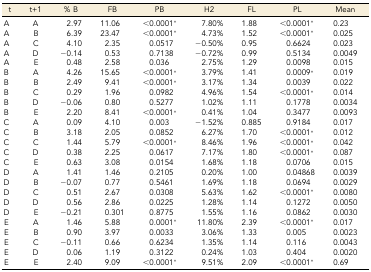
<table><thead><tr><td><b>t</b></td><td><b>t+1</b></td><td><b>% B</b></td><td><b>FB</b></td><td><b>PB</b></td><td><b>H2</b></td><td><b>FL</b></td><td><b>PL</b></td><td><b>Mean</b></td></tr></thead><tbody><tr><td>A</td><td>A</td><td>2.97</td><td>11.06</td><td>&lt;0.0001*</td><td>7.80%</td><td>1.88</td><td>&lt;0.0001*</td><td>0.23</td></tr><tr><td>A</td><td>B</td><td>6.39</td><td>23.47</td><td>&lt;0.0001*</td><td>4.73%</td><td>1.52</td><td>&lt;0.0001*</td><td>0.025</td></tr><tr><td>A</td><td>C</td><td>4.10</td><td>2.35</td><td>0.0517</td><td>−0.50%</td><td>0.95</td><td>0.6624</td><td>0.023</td></tr><tr><td>A</td><td>D</td><td>−0.14</td><td>0.53</td><td>0.7138</td><td>−0.72%</td><td>0.99</td><td>0.5134</td><td>0.0049</td></tr><tr><td>A</td><td>E</td><td>0.48</td><td>2.58</td><td>0.036</td><td>2.75%</td><td>1.29</td><td>0.0098</td><td>0.015</td></tr><tr><td>B</td><td>A</td><td>4.26</td><td>15.65</td><td>&lt;0.0001*</td><td>3.79%</td><td>1.41</td><td>0.0009*</td><td>0.019</td></tr><tr><td>B</td><td>B</td><td>2.49</td><td>9.41</td><td>&lt;0.0001*</td><td>3.17%</td><td>1.34</td><td>0.0039</td><td>0.022</td></tr><tr><td>B</td><td>C</td><td>0.29</td><td>1.96</td><td>0.0982</td><td>4.96%</td><td>1.54</td><td>&lt;0.0001*</td><td>0.014</td></tr><tr><td>B</td><td>D</td><td>−0.06</td><td>0.80</td><td>0.5277</td><td>1.02%</td><td>1.11</td><td>0.1778</td><td>0.0034</td></tr><tr><td>B</td><td>E</td><td>2.20</td><td>8.41</td><td>&lt;0.0001*</td><td>0.41%</td><td>1.04</td><td>0.3477</td><td>0.0093</td></tr><tr><td>C</td><td>A</td><td>0.09</td><td>4.10</td><td>0.003</td><td>−1.52%</td><td>0.885</td><td>0.9184</td><td>0.017</td></tr><tr><td>C</td><td>B</td><td>3.18</td><td>2.05</td><td>0.0852</td><td>6.27%</td><td>1.70</td><td>&lt;0.0001*</td><td>0.012</td></tr><tr><td>C</td><td>C</td><td>1.44</td><td>5.79</td><td>&lt;0.0001*</td><td>8.46%</td><td>1.96</td><td>&lt;0.0001*</td><td>0.042</td></tr><tr><td>C</td><td>D</td><td>0.38</td><td>2.25</td><td>0.0617</td><td>7.17%</td><td>1.80</td><td>&lt;0.0001*</td><td>0.087</td></tr><tr><td>C</td><td>E</td><td>0.63</td><td>3.08</td><td>0.0154</td><td>1.68%</td><td>1.18</td><td>0.0706</td><td>0.015</td></tr><tr><td>D</td><td>A</td><td>1.41</td><td>1.46</td><td>0.2105</td><td>0.20%</td><td>1.00</td><td>0.04868</td><td>0.0039</td></tr><tr><td>D</td><td>B</td><td>−0.07</td><td>0.77</td><td>0.5461</td><td>1.69%</td><td>1.18</td><td>0.0694</td><td>0.0029</td></tr><tr><td>D</td><td>C</td><td>0.51</td><td>2.67</td><td>0.0308</td><td>5.63%</td><td>1.62</td><td>&lt;0.0001*</td><td>0.0080</td></tr><tr><td>D</td><td>D</td><td>0.56</td><td>2.86</td><td>0.0225</td><td>1.28%</td><td>1.14</td><td>0.1272</td><td>0.0050</td></tr><tr><td>D</td><td>E</td><td>−0.21</td><td>0.301</td><td>0.8775</td><td>1.55%</td><td>1.16</td><td>0.0862</td><td>0.0030</td></tr><tr><td>E</td><td>A</td><td>1.46</td><td>5.88</td><td>0.0001*</td><td>11.80%</td><td>2.39</td><td>&lt;0.0001*</td><td>0.017</td></tr><tr><td>E</td><td>B</td><td>0.90</td><td>3.97</td><td>0.0033</td><td>3.06%</td><td>1.33</td><td>0.005</td><td>0.0023</td></tr><tr><td>E</td><td>C</td><td>−0.11</td><td>0.66</td><td>0.6234</td><td>1.35%</td><td>1.14</td><td>0.116</td><td>0.0043</td></tr><tr><td>E</td><td>D</td><td>0.06</td><td>1.19</td><td>0.3122</td><td>0.24%</td><td>1.03</td><td>0.404</td><td>0.0020</td></tr><tr><td>E</td><td>E</td><td>2.40</td><td>9.09</td><td>&lt;0.0001*</td><td>9.51%</td><td>2.09</td><td>&lt;0.0001*</td><td>0.69</td></tr></tbody></table>